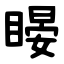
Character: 䁙